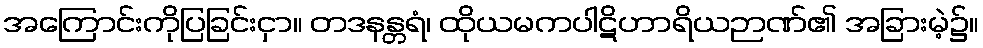
အကြောင်းကိုပြခြင်းငှာ။ တဒနန္တရံ၊ ထိုယမကပါဋိဟာရိယဉာဏ်၏ အခြားမဲ့၌။